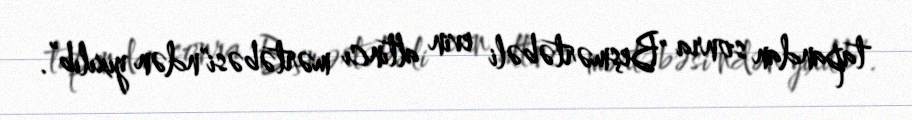
tapandan sonra "Beşmərtəbəli evin altıncı mərtəbəsi"ndən yıxılıb”.